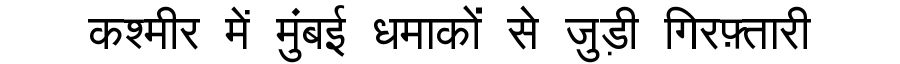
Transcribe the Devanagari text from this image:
कश्मीर में मुंबई धमाकों से जुड़ी गिरफ़्तारी